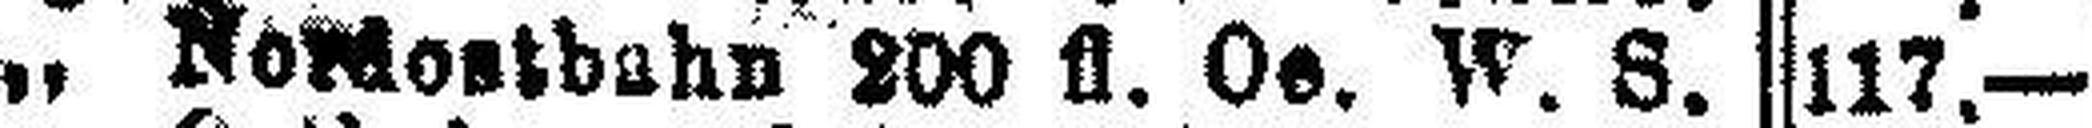
„ Nordostbahn 200 fl. Oe. W. S.